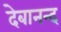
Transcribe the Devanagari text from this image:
देबानन्द